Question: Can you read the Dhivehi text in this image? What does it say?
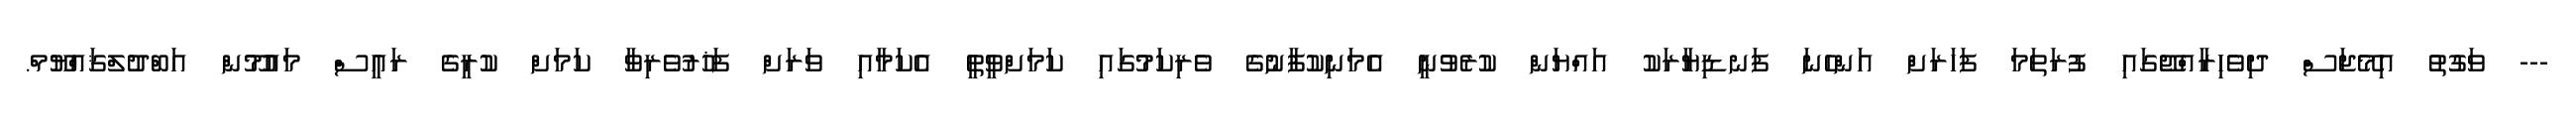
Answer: --- ވަގުތު އިމޭޖަސް ދިވެހިރާއްޖޭގައި ފުރަތަމަ ފަހަރަށް އަންހެނަ ފަނޑިޔާރަކު އައްޔަން ކުރެވުނީ އެމަނިކުފާނުގެ ވެރިކަމުގައި ކަމަށްވީތީ އެކަމާއި ވަރަށް ފަޚުރުވެރިވާ ކަމަށް ކުރީގެ ރައީސް މައުމޫން އަބްދުލްޤައްޔޫމް.